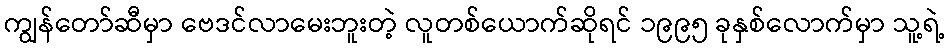
ကျွန်တော်ဆီမှာ ဗေဒင်လာမေးဘူးတဲ့ လူတစ်ယောက်ဆိုရင် ၁၉၉၅ ခုနှစ်လောက်မှာ သူ့ရဲ့